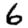
Digit: 6